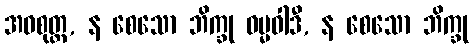
အဝစုတ္ထ, န စေသော ဘိက္ခု ဓမ္မဝါဒီ, န စေသော ဘိက္ခု